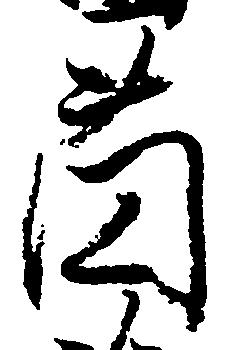
薗